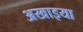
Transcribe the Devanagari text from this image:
अखाइया